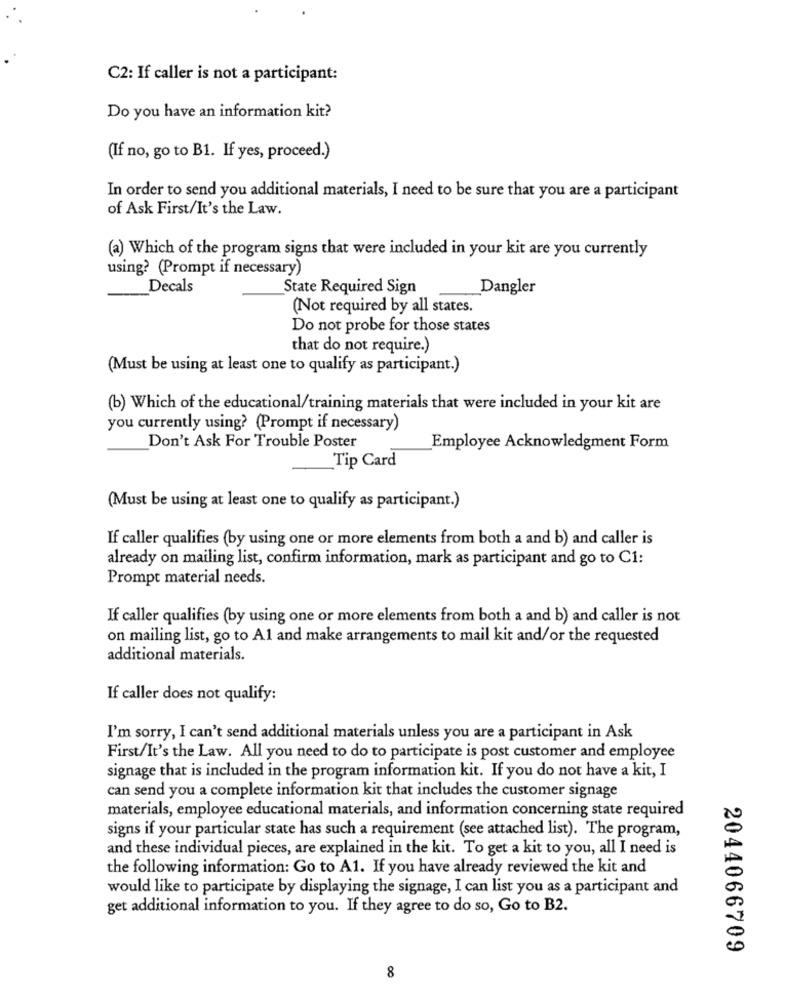
C2: If caller is not a participant:
Do you have an information kit?
(If no, go to B1. If yes, proceed.)
In order to send you additional materials, I need to be sure that you are a participant
of Ask First/It's the Law.
(a) Which of the program signs that were included in your kit are you currently
using? (Prompt if necessary)
Decals
State Required Sign
Dangler
(Not required by all states.
Do not probe for those states
that do not require.)
(Must be using at least one to qualify as participant.)
(b) Which of the educational/training materials that were included in your kit are
you currently using? (Prompt if necessary)
Don't Ask For Trouble Poster
Employee Acknowledgment Form
Tip Card
(Must be using at least one to qualify as participant.)
If caller qualifies (by using one or more elements from both a and b) and caller is
already on mailing list, confirm information, mark as participant and go to C1:
Prompt material needs.
If caller qualifies (by using one or more elements from both a and b) and caller is not
on mailing list, go to A1 and make arrangements to mail kit and/or the requested
additional materials.
If caller does not qualify:
I'm sorry, I can't send additional materials unless you are a participant in Ask
First/It's the Law. All you need to do to participate is post customer and employee
signage that is included in the program information kit. If you do not have a kit, I
can send you a complete information kit that includes the customer signage
materials, employee educational materials, and information concerning state required
signs if your particular state has such a requirement (see attached list). The program,
and these individual pieces, are explained in the kit. To get a kit to you, all I need is
the following information: Go to A1. If you have already reviewed the kit and
would like to participate by displaying the signage, I can list you as a participant and
get additional information to you. If they agree to do so, Go to B2.
2044066709
8